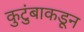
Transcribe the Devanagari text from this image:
कुटुंबाकडून